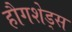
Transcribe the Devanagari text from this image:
हौगशेड्स